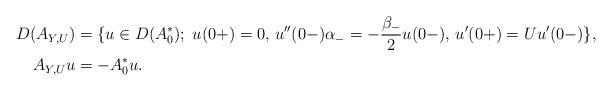
LaTeX: \begin{align*} D(A_{Y,U}) & = \{u\in D(A_0^*);\; u(0+) = 0,\, u''(0-)\alpha_- = -\frac{\beta_-}{2} u(0-),\, u'(0+) = U u'(0-)\},\\ A_{Y,U} u & = -A_0^*u. \end{align*}